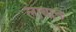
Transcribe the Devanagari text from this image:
लाबान